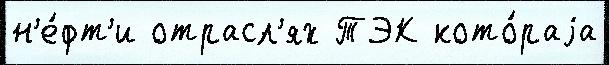
н'е́фт'и отрасл'ях ТЭК кото́раjа